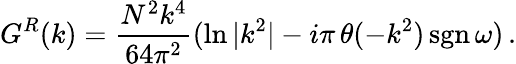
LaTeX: G^{R}(k)={\frac{N^{2}k^{4}}{64\pi^{2}}}(\ln{|k^{2}|}-i\pi\, \theta(-k^{2})\, \mathrm{sgn}\, \omega)\, .